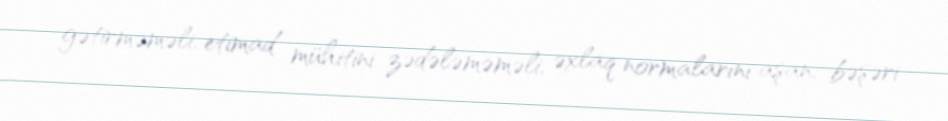
gətirməməli, etimad mühitini zədələməməli, əxlaq normalarını aşan, bəşəri